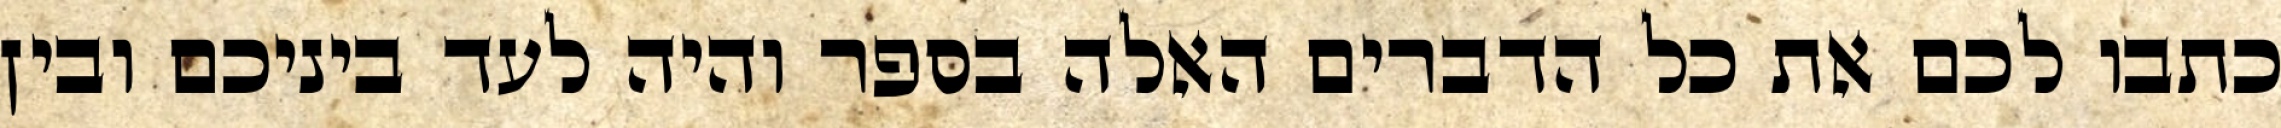
כתבו לכם את כל הדברים האלה בספר והיה לעד ביניכם ובין